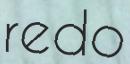
redo